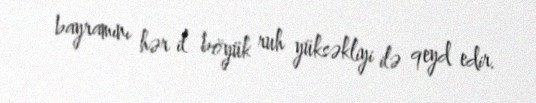
bayramını hər il böyük ruh yüksəkliyi ilə qeyd edir.